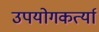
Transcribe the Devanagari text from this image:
उपयोगकर्त्या